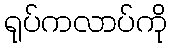
ရုပ်ကလာပ်ကို